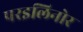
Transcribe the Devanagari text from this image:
परइलिनोर